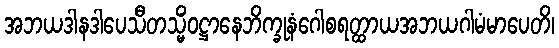
အဘယဒါနဒါပေသီတသ္မိံဝဋ္ဌာနေဘိက္ခုနံဂေါစရတ္ထာယအဘယဂါမံမာပေတိ၊